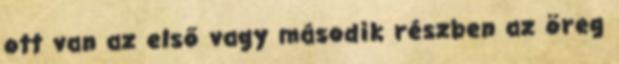
ott van az első vagy második részben az öreg